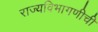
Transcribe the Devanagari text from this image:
राज्यविभागणीची